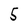
Character: 5